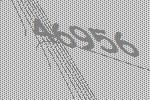
46956